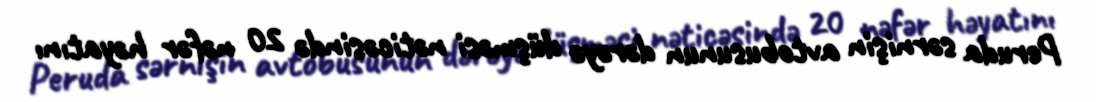
Peruda sərnişin avtobusunun dərəyə düşməsi nəticəsində 20 nəfər həyatını